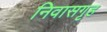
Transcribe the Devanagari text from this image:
निवासगृह